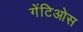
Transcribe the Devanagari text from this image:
गेंटिओस